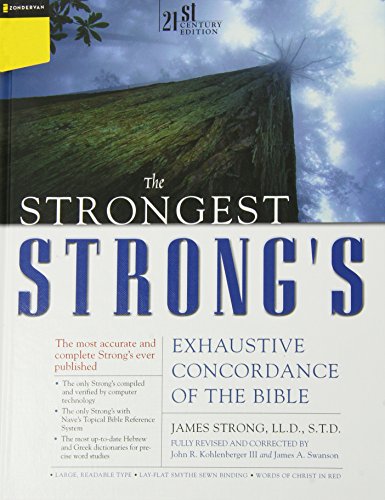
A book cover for Strongest Strong's Exhaustive Concordance of the Bible Super Saver: 21st Century Edition; James Strong; Christian Books & Bibles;